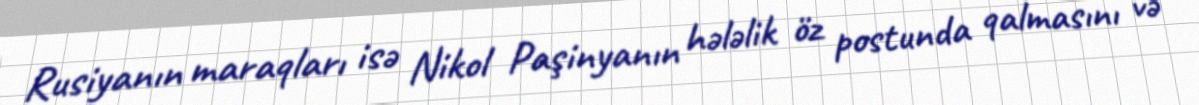
Rusiyanın maraqları isə Nikol Paşinyanın hələlik öz postunda qalmasını və